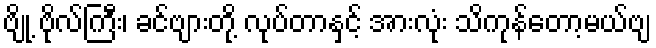
ဗျို့ ဗိုလ်ကြီး၊ ခင်ဗျားတို့ လုပ်တာနှင့် အားလုံး သိကုန်တော့မယ်ဗျ